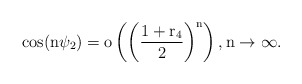
\begin{align*} \rm{cos}(n\psi_{2})= o\left(\left(\frac{1+r_{4}}{2}\right)^{n}\right), n\to\infty.\end{align*}